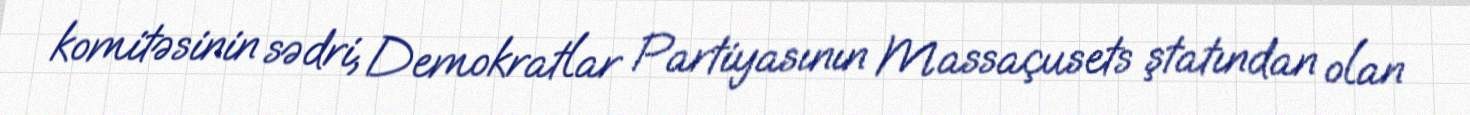
komitəsinin sədri, Demokratlar Partiyasının Massaçusets ştatından olan